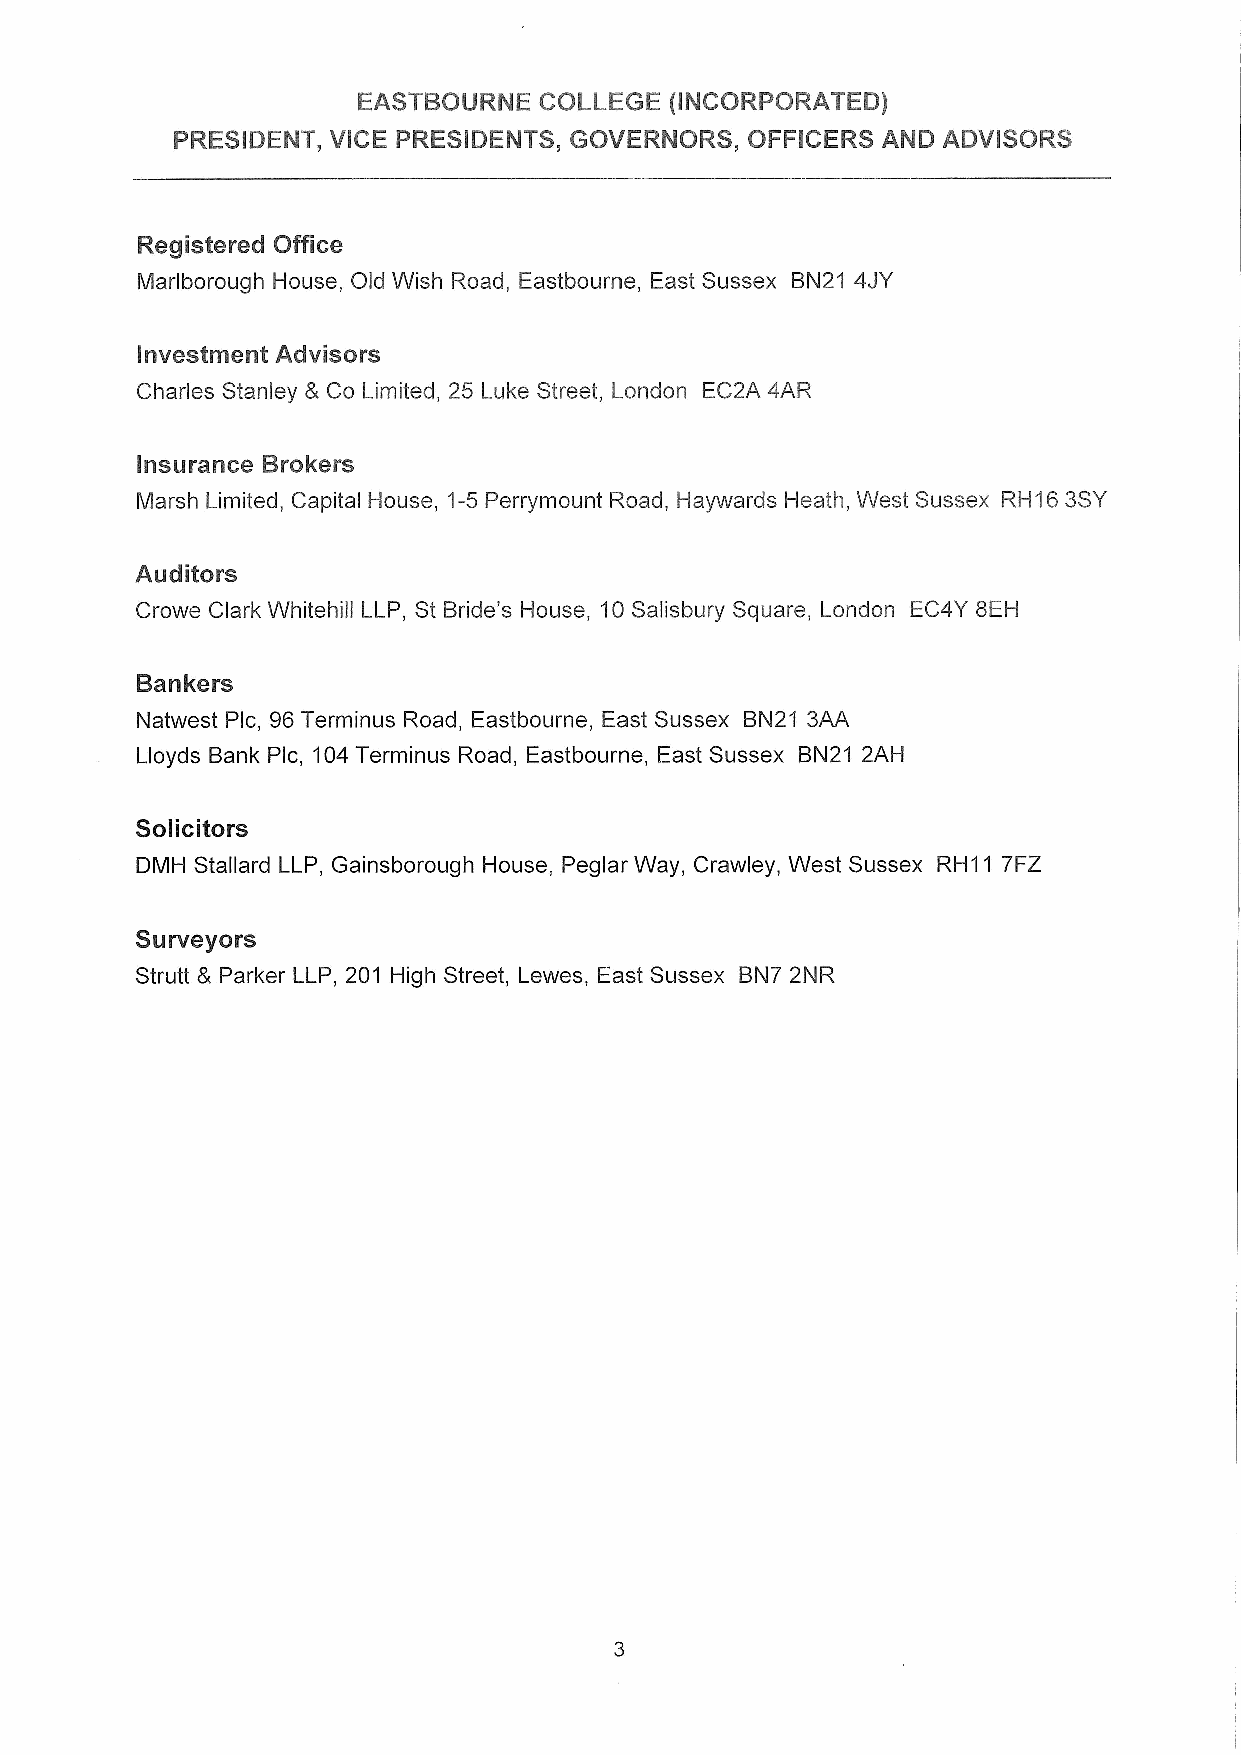
EASTBOURNE  COLLEGE (INCORPORATED)
 PRESIDENT, VICE PRESIDENTS, GOVERNORS, OFFICERS AND ADVISORS
 Registered Office
 Marlborough House, Old Wish Road, Eastbourne, East Sussex BN21 4JY
 Investment Advisors
 Charles Stanley 8 Co Limited, 25 Luke Street, London EC2A 4AR
 Insurance Brokers
 Marsh Limited, Capital House, 1-5Perrymount Road, Haywards Heath, West Sussex RH16 3SY
 Auditors
 Crowe Clark Whitehill LLP, St Bride's House, 10Salisbury Square, London EC4Y 8EH
 Bankers
 Natwest Plc, 96Terminus Road, Eastbourne, East Sussex BN21 3AA
 Lloyds Bank Plc, 104Terminus Road, Eastbourne, East Sussex BN21 2AH
 Solicitors
 DMH Stallard LLP, Gainsborough House, Peglar Way, Crawley, West Sussex RH11 7FZ
 Surveyors
 Strutt 8 Parker LLP, 201 High Street, Lewes, East Sussex BN7 2NR